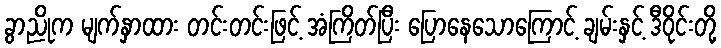
ခွာညိုက မျက်နှာထား တင်းတင်းဖြင့် အံကြိတ်ပြီး ပြောနေသောကြောင့် ချမ်းနှင့် ဒီဝိုင်းတို့